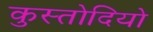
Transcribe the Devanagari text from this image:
कुस्तोदियो